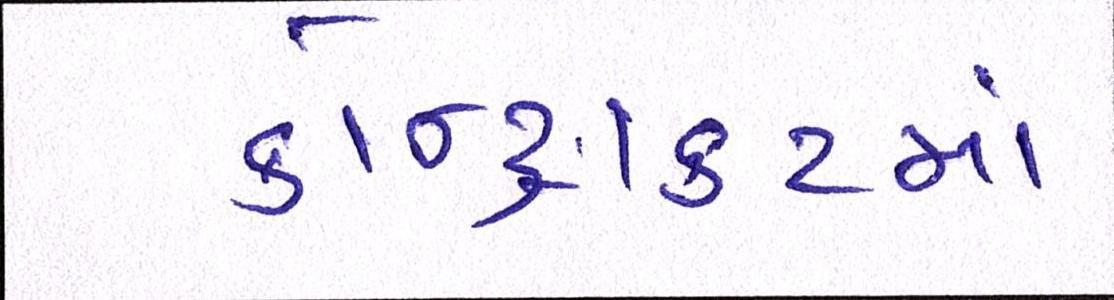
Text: કોન્ટ્રાકટમાં